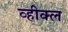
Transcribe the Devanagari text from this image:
व्हीक्ल